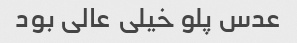
عدس پلو خیلی عالی بود